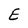
Character: E